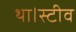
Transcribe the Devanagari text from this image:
था।स्टीव